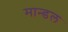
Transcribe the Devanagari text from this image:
मान्डल